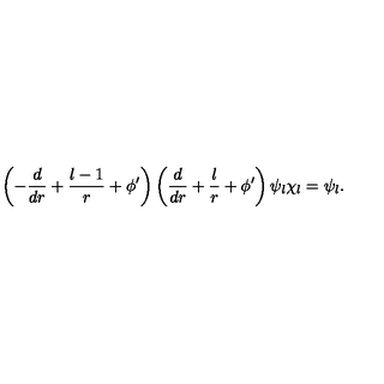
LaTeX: \left( - \frac { d } { d r } + \frac { l - 1 } { r } + \phi ^ { \prime } \right) \left( \frac { d } { d r } + \frac { l } { r } + \phi ^ { \prime } \right) \psi _ { l } \chi _ { l } = \psi _ { l } .